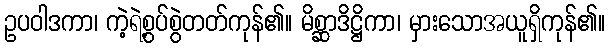
ဥပဝါဒကာ၊ ကဲ့ရဲ့စွပ်စွဲတတ်ကုန်၏။ မိစ္ဆာဒိဋ္ဌိကာ၊ မှားသောအယူရှိကုန်၏။